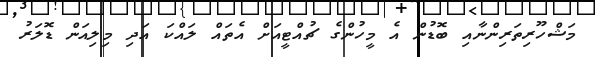
މަޝްހޫރިތަރިންނާއި ބޮޑުން އެ މީހުންގެ ޗުއްޓީއަށް އެތައް ލައްކަ އަދި މިލިއަން ޑޮލަރު